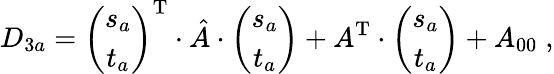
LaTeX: D_{3a}=\left(\begin{array}{c}{{s_{a}}}\\ {{t_{a}}}\end{array}\right)^{\mathrm{T}}\cdot\hat{A}\cdot\left(\begin{array}{c}{{s_{a}}}\\ {{t_{a}}}\end{array}\right)+A^{\mathrm{T}}\cdot\left(\begin{array}{c}{{s_{a}}}\\ {{t_{a}}}\end{array}\right)+A_{00}\; ,